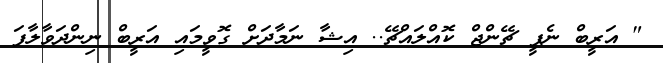
" އަރީބް ނެޕީ ޗޭންޖް ކޮއްލައްޗޭ.. އިޝާ ނަމާދަށް ގޮވީމައި އަރީބް ނިންދަވާލާފަ